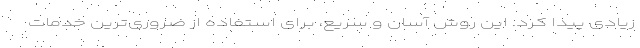
زیادی پیدا کرد. این روش آسان و سریع، برای استفاده از ضروری‌ترین خدمات